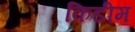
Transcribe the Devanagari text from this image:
किडीम